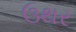
ઉથર